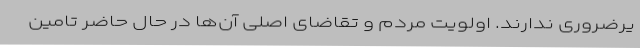
یرضروری ندارند. اولویت مردم و تقاضای اصلی آن‌ها در حال حاضر تامین